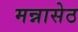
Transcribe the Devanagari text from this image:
मन्नासेठ